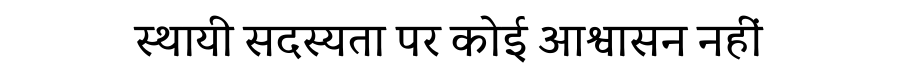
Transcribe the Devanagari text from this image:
स्थायी सदस्यता पर कोई आश्वासन नहीं